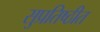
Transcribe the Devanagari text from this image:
सुप्रतिष्ठीत